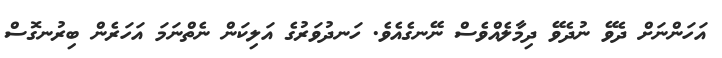
އަހަންނަށް ދެވޭ ނުދެވޭ ދިމާލެއްވެސް ނޭނގެއެވެ. ހަނދުވަރުގެ އަލިކަން ނެތްނަމަ އަހަރެން ބިރުނގޮސް